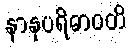
နာနုပရိဓာဝတိ